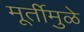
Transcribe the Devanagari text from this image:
मूर्तीमुळे